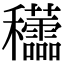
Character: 𥤜